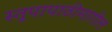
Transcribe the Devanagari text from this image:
स्तूपापाठीमागील